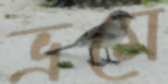
ভ্রমে